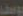
يوسف